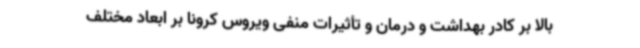
بالا بر کادر بهداشت و درمان و تأثیرات منفی ویروس کرونا بر ابعاد مختلف